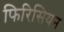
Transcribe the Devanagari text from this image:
फिरिसियन